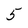
Character: 5